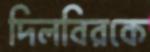
দিলবিরকে